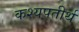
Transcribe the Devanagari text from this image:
कश्यपतीर्थ